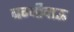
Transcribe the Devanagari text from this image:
बग्यीदाऊ